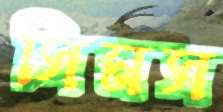
সিমস